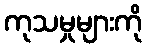
ကုသမှုများကို